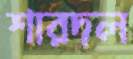
শারদল